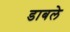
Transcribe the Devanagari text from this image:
डाबले